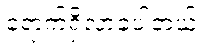
ရောက်ရှိလာခဲ့ပါတယ်။